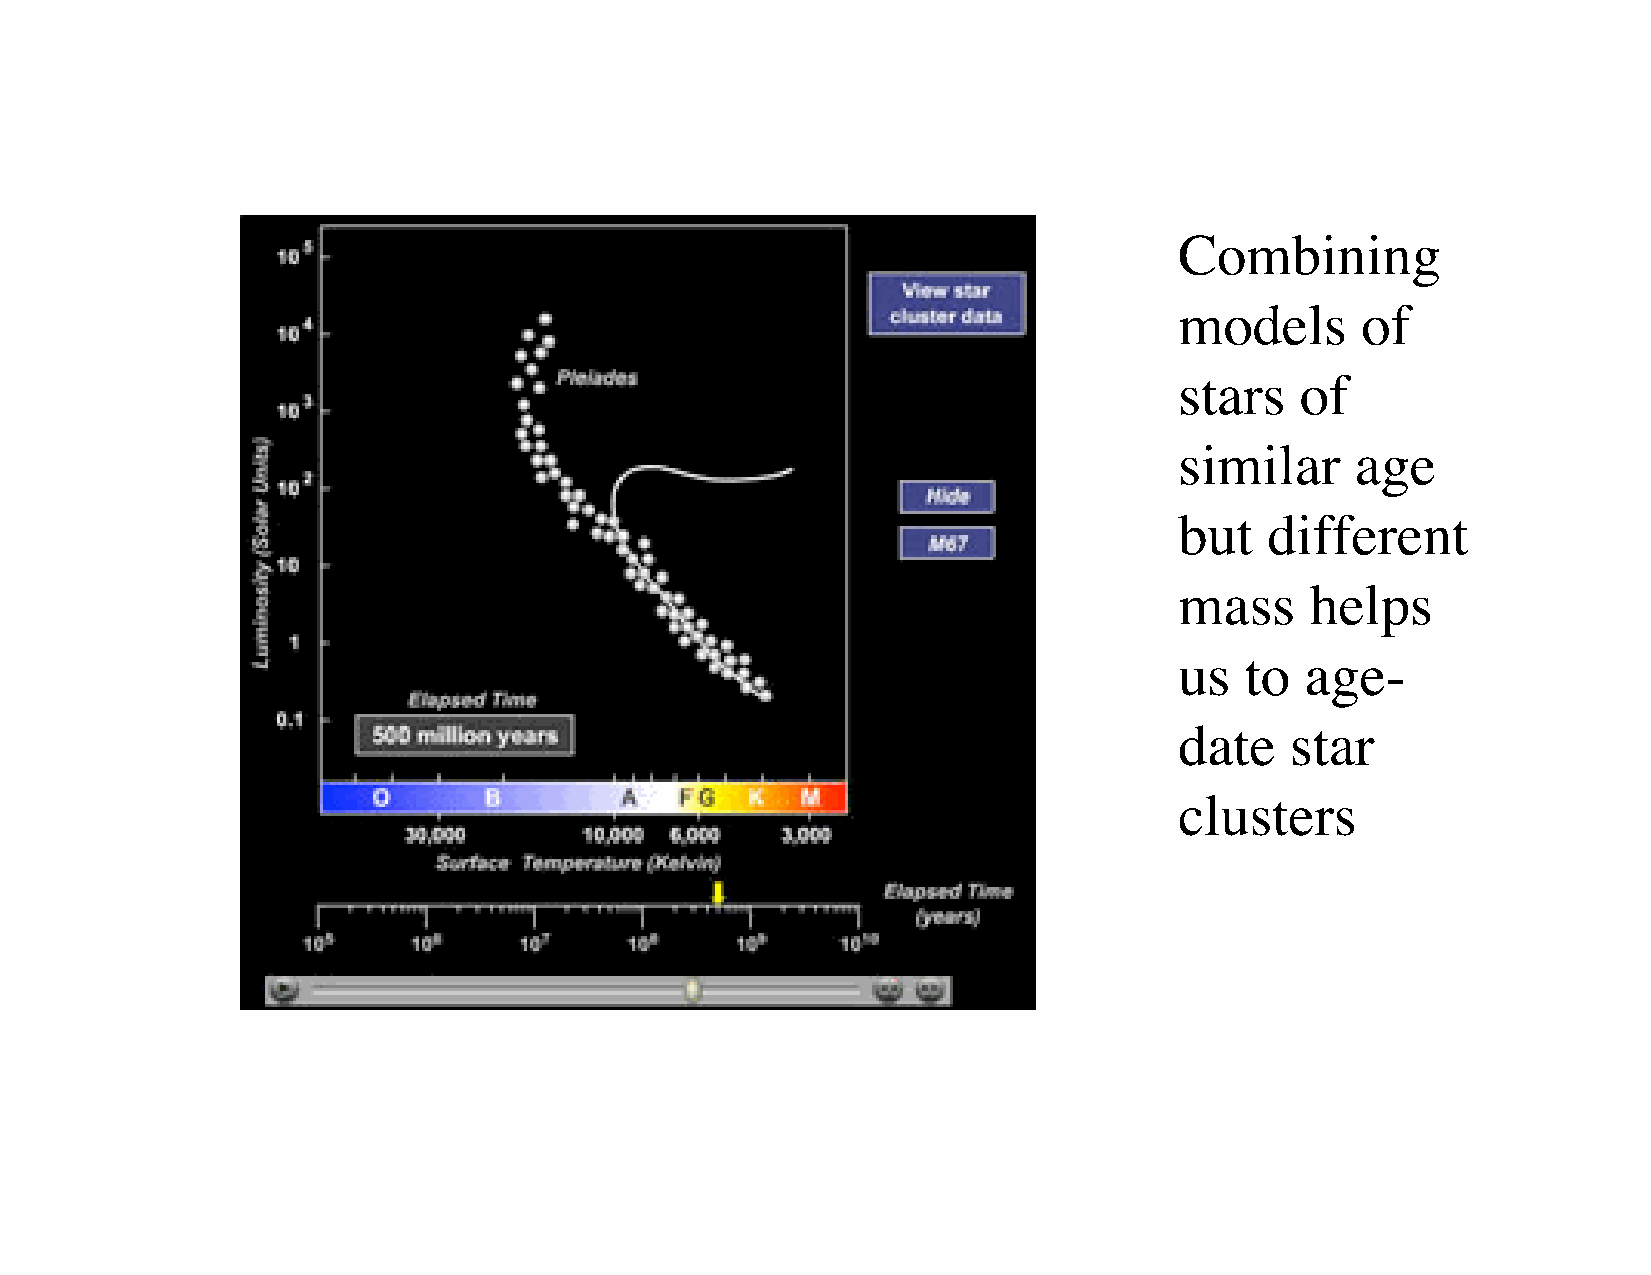
Combining
 models      of
 stars   of
 similar     age
 but   different
 mass     helps
 us  to  age-
 date   star
 clusters